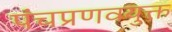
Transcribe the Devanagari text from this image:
पंचप्रणवयुक्त